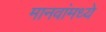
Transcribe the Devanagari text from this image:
मानवांमध्ये